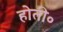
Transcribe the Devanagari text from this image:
होती॰